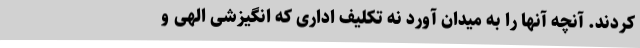
کردند. آنچه آنها را به میدان آورد نه تکلیف اداری که انگیزشی الهی و